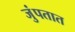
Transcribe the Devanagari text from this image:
जुंपतात